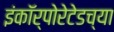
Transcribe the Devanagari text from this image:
इंकॉर्पोरेटेडच्या